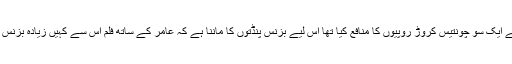
دھوم ٹو نے ایک سو چونتیس کروڑ روپیوں کا منافع کیا تھا اس لیے بزنس پنڈتوں کا ماننا ہے کہ عامر کے ساتھ فلم اس سے کہیں زیادہ بزنس کرے گی۔